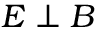
\boldsymbol { E } \perp \boldsymbol { B }